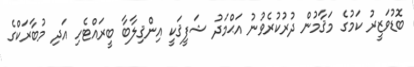
ބޮޑުވަޒީރު ކަމުގެ މަޤާމުން ދުރުކުރެވުނު އަޙްމަދު ޝަފީޤަކީ އިންޤިލާބާ ބީރައްޓެހި އަދި މުބާރަކްގެ